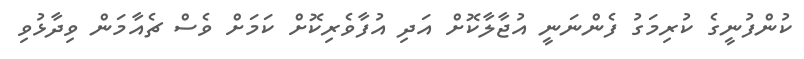
ކުންފުނީގެ ކުރިމަގު ފެންނަނީ އުޖާލާކޮށް އަދި އުފާވެރިކޮށް ކަމަށް ވެސް ޗެއާމަން ވިދާޅުވި